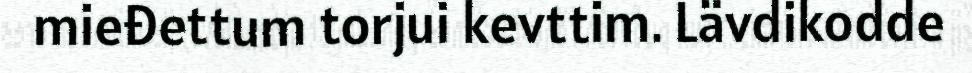
mieđettum torjui kevttim. Lävdikodde